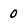
Character: 0